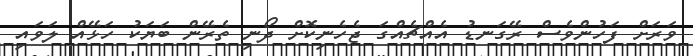
ވަރަށް ފަހުންވެސް ރޭގަނޑު އެއްޗެއްގަ ޖެހެނިކޮށް ދޯނި ތެރޭން ބަޔަކު ހަޅޭއް ލަވައި